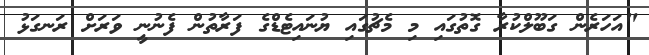
"އަހަރެން ގަބޫލްކުރާ ގޮތުގައި މި މެޗުގައި ޔުނައިޓެޑްގެ ފަރާތުން ފެނުނީ ވަރަށް ރަނގަޅު